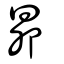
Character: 昂